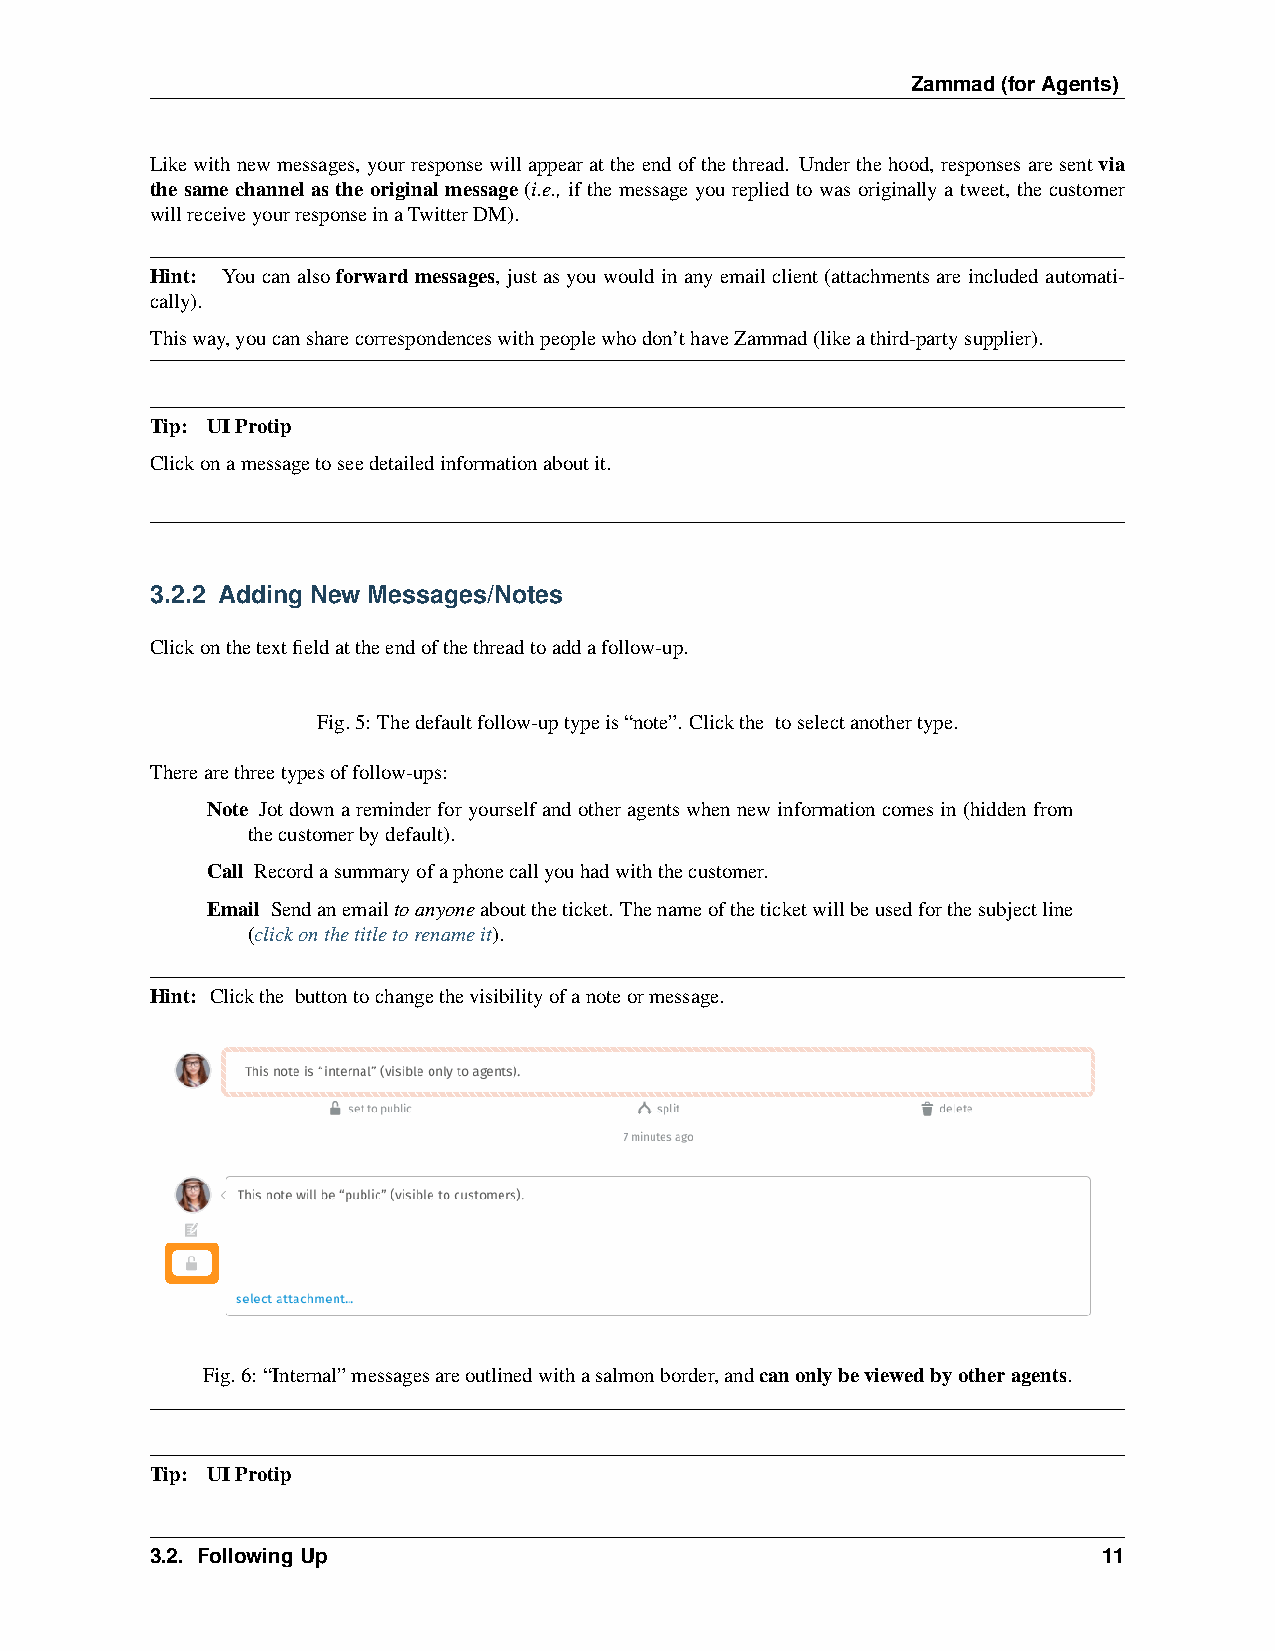
Zammad(forAgents)
 Likewithnewmessages, yourresponsewillappearattheendofthethread. Underthehood,responsesaresentvia
 the same channel as the original message (i.e., if the message you replied to was originally a tweet, the customer
 willreceiveyourresponseinaTwitterDM).
 Hint: Youcanalsoforwardmessages, justasyouwouldinanyemailclient(attachmentsareincludedautomati-
 cally).
 Thisway,youcansharecorrespondenceswithpeoplewhodon’thaveZammad(likeathird-partysupplier).
 Tip: UIProtip
 Clickonamessagetoseedetailedinformationaboutit.
 3.2.2 Adding New Messages/Notes
 Clickonthetextfieldattheendofthethreadtoaddafollow-up.
 Fig.5: Thedefaultfollow-uptypeis“note”. Clickthe toselectanothertype.
 Therearethreetypesoffollow-ups:
 Note Jotdownareminderforyourselfandotheragentswhennewinformationcomesin(hiddenfrom
 thecustomerbydefault).
 Call Recordasummaryofaphonecallyouhadwiththecustomer.
 Email Sendanemailtoanyoneabouttheticket. Thenameoftheticketwillbeusedforthesubjectline
 (clickonthetitletorenameit).
 Hint: Clickthe buttontochangethevisibilityofanoteormessage.
 Fig.6: “Internal”messagesareoutlinedwithasalmonborder,andcanonlybeviewedbyotheragents.
 Tip: UIProtip
 3.2. FollowingUp                                               11